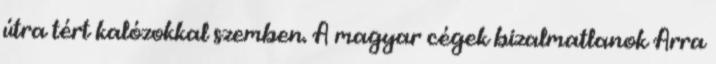
útra tért kalózokkal szemben. A magyar cégek bizalmatlanok Arra